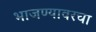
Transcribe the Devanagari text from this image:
भाजण्यावरचा